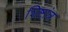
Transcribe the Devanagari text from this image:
शिष्टांत्र